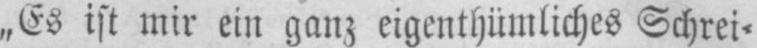
„Es ist mir ein ganz eigenthümliches Schrei⸗